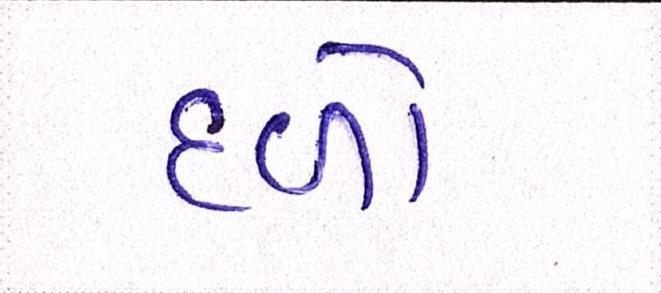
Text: દળો